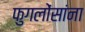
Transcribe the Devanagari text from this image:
फुगलोंसांना